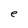
Character: e